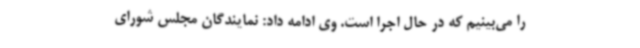
را می‌بینیم که در حال اجرا است. وی ادامه داد: نمایندگان مجلس شورای